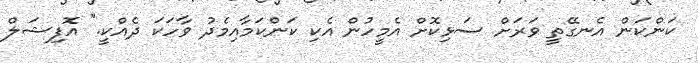
ކަންކަން އެނގޭތީ ވަރަށް ސަޅިކޮށް އެމީހުން އެކި ކަންކަމާއިމެދު ވާހަކަ ދެއްކީ." އޮފިޝަލް